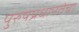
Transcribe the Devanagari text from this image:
पुरुषप्रधानतेचा